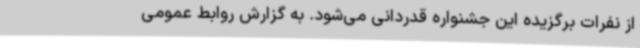
از نفرات برگزیده این جشنواره قدردانی می‌شود. به گزارش روابط عمومی